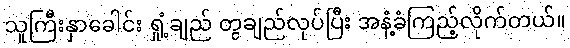
သူကြီးနှာခေါင်း ရှုံ့ချည် တွချည်လုပ်ပြီး အနံ့ခံကြည့်လိုက်တယ်။